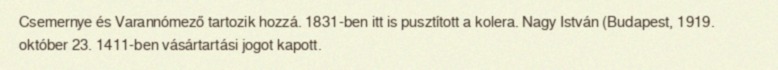
Csemernye és Varannómező tartozik hozzá. 1831-ben itt is pusztított a kolera. Nagy István (Budapest, 1919. október 23. 1411-ben vásártartási jogot kapott.